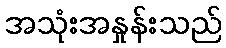
အသုံးအနှုန်းသည်